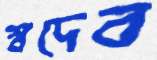
স্বদেব